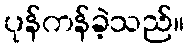
ပုန်ကန်ခဲ့သည်။